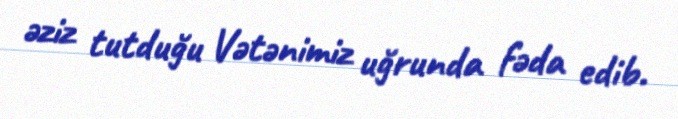
əziz tutduğu Vətənimiz uğrunda fəda edib.